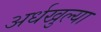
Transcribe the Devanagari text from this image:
अर्धखुल्या